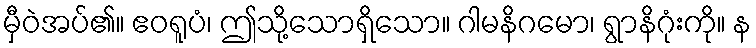
မှီဝဲအပ်၏။ ဧဝရူပံ၊ ဤသို့သောရှိသော။ ဂါမနိဂမော၊ ရွာနိဂုံးကို။ န